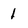
Character: 1